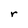
Character: r